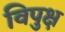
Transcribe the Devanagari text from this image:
विपुक्ष